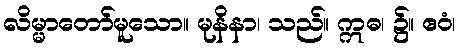
လိမ္မာတော်မူသော။ မုနိနာ၊ သည်။ ဣဓ၊ ၌။ ဧဝံ၊